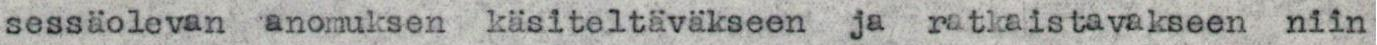
sessäolevan anomuksen käsiteltäväkseen ja ratkaistavakseen niin